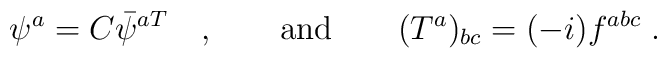
\psi^a = C \bar{\psi}^{aT} \quad , \qquad \mbox{and} \qquad    (T^a)_{bc} = (-i) f^{abc} \; .